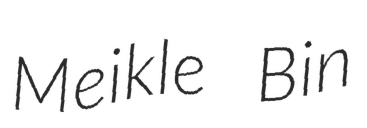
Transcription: Meikle Bin